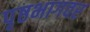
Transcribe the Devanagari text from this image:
पृष्ठभागवर